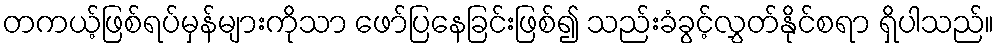
တကယ့်ဖြစ်ရပ်မှန်များကိုသာ ဖော်ပြနေခြင်းဖြစ်၍ သည်းခံခွင့်လွှတ်နိုင်စရာ ရှိပါသည်။